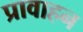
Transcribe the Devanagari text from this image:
प्रावाहन